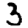
Digit: 3